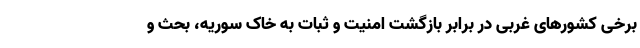
برخی کشورهای غربی در برابر بازگشت امنیت و ثبات به خاک سوریه، بحث و